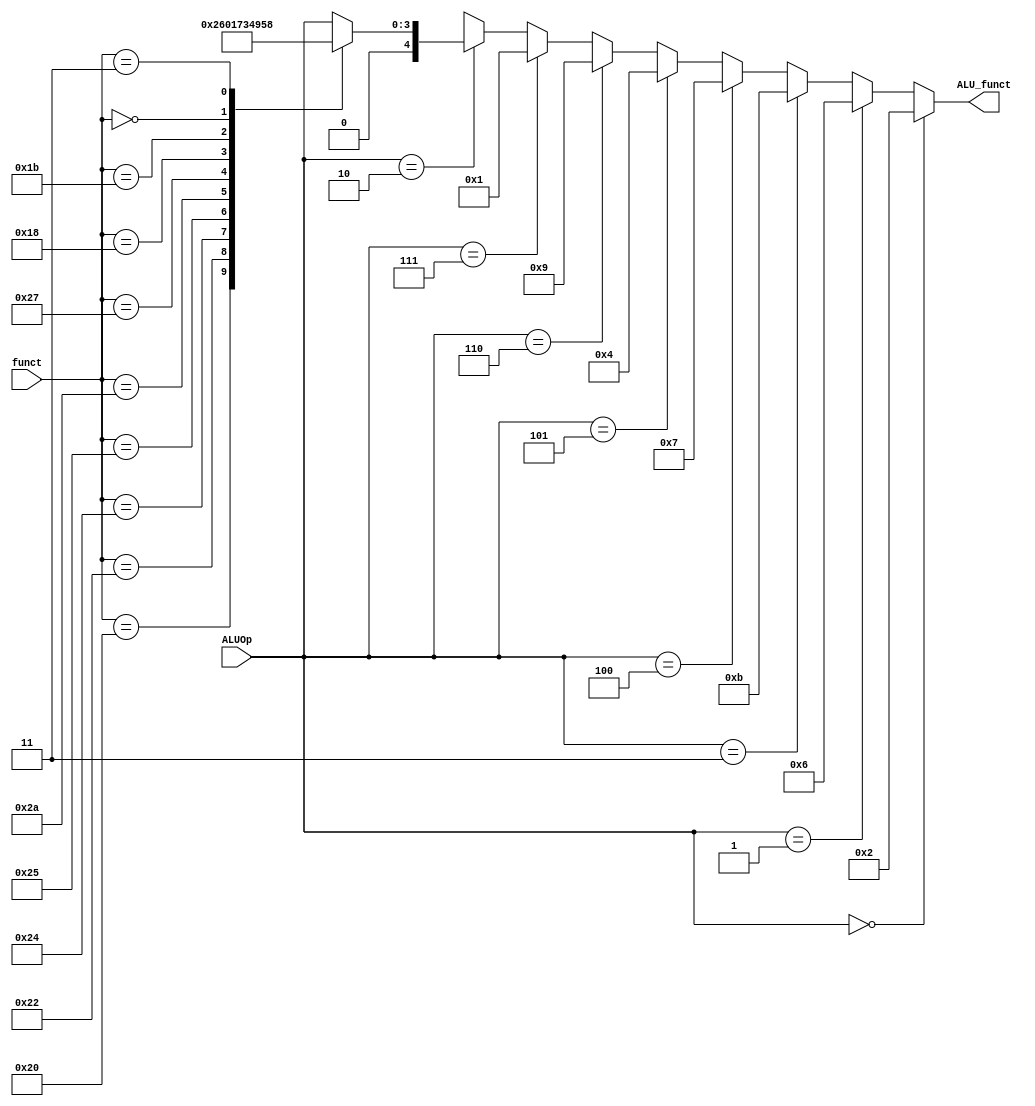
module ALUControl(funct, ALUOp, ALU_funct);			// ALU_control module
	input [5:0] funct;
	input [3:0] ALUOp;				
	output reg [4:0] ALU_funct;	

	always@(funct or ALUOp) begin
		if      (ALUOp == 4'b0000) ALU_funct<= 5'b00010; 	// add
		else if (ALUOp == 4'b0001) ALU_funct<= 5'b00110; 	// sub/bne
		else if (ALUOp == 4'b0011) ALU_funct<= 5'b01011;	// xor
		else if (ALUOp == 4'b0100) ALU_funct<= 5'b00111;	// slt
		else if (ALUOp == 4'b0101) ALU_funct<= 5'b00100;	// mult
		else if (ALUOp == 4'b0110) ALU_funct<= 5'b01001;	// DIV
		else if (ALUOp == 4'b0111) ALU_funct<= 5'b00001;	// or
		else if (ALUOp == 4'b0010) begin
			case (funct)
				6'b100000 : ALU_funct<= 5'b00010;	// => add
				6'b100010 : ALU_funct<= 5'b00110;	// => sub
				6'b100100 : ALU_funct<= 5'b00000;	// => and
				6'b100101 : ALU_funct<= 5'b00001;	// => or
				6'b101010 : ALU_funct<= 5'b00111;	// => slt
				6'b100111 : ALU_funct<= 5'b00011;	// => nor
				6'b011000 : ALU_funct<= 5'b00100;	// => mult
				6'b011011 : ALU_funct<= 5'b01001;	// => div
				6'b000000 : ALU_funct<= 5'b00101;	// => sll
				6'b000011 : ALU_funct<= 5'b01000;	// => sra
				//6'b000000 : ALU_funct<= 5'b00000;	// when instruction is 32'd0
				default   : ALU_funct<= {0,ALUOp};
			endcase
		end
		else  ALU_funct<= 5'bxxxxx;
	end
endmodule